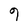
Character: 9